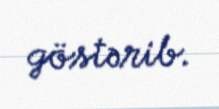
göstərib.